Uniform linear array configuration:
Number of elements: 24
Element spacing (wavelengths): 0.25
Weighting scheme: uniform
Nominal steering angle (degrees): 15
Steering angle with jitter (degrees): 14.871
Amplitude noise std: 0.05
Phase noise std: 0.05

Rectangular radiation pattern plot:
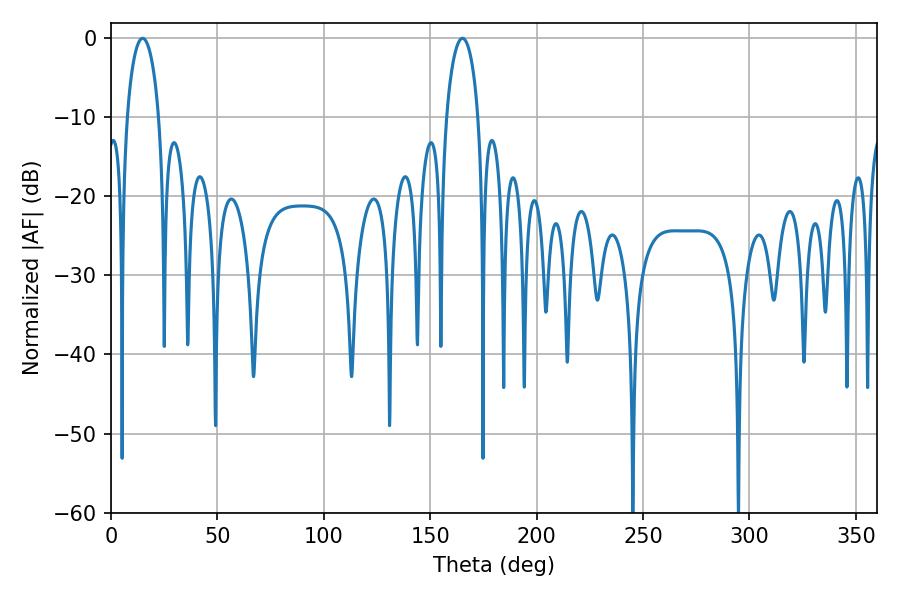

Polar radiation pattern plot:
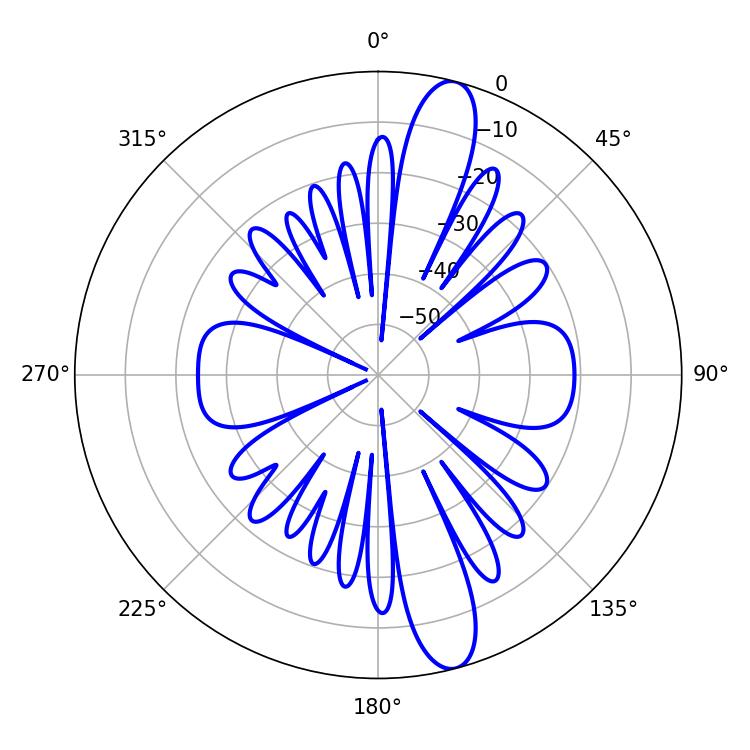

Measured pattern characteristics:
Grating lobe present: FALSE
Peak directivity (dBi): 13.547
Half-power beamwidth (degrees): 8.64
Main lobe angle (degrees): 14.94